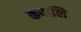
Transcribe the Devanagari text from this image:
कपालि